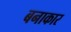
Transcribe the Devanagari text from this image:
बनाकार